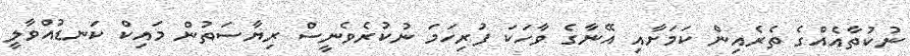
ނުކުތާއެއްގެ ތެރެއިން ކަމަށާއި އޭނާގެ ވާހަކަ ފުރިހަމަ ނުކުރެވެނީސް ރިޔާސަތުން މައިކް ކަނޑުއްވާލީ